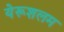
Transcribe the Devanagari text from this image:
येरूशलम